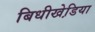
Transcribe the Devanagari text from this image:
बिधीखेडि़या